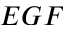
E G F